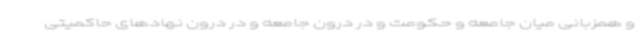
و همزبانی میان جامعه و حکومت و در درون جامعه و در درون نهادهای حاکمیتی